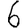
Digit: 6